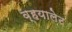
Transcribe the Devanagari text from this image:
व्हयालेट